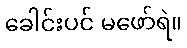
ခေါင်းပင် မဖော်ရဲ။